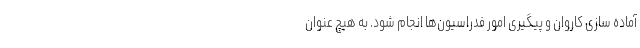
آماده سازی کاروان و پیگیری امور فدراسیون‌ها انجام شود. به هیچ عنوان